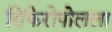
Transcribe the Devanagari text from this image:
सिंफेरोपोलला